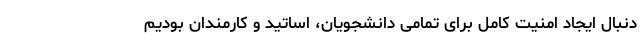
دنبال ایجاد امنیت کامل برای تمامی دانشجویان، اساتید و کارمندان بودیم